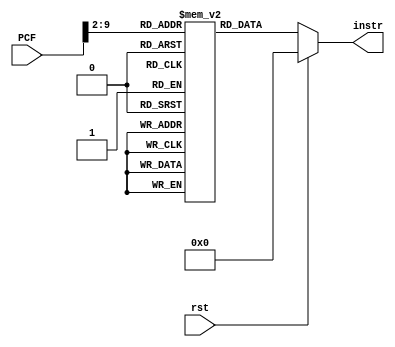
`timescale 1ns / 1ps
//////////////////////////////////////////////////////////////////////////////////
// Company: 
// Engineer: 
// 
// Design Name: 
// Module Name: InstrMem
// Project Name: 
// Target Devices: 
// Tool Versions: 
// Description: 
// 
// Dependencies: 
// 
// Revision:
// Revision 0.01 - File Created
// Additional Comments:
// 
//////////////////////////////////////////////////////////////////////////////////


module InstrMem (
  input wire rst,
  input wire [31:0] PCF,
  output reg [31:0] instr
    );
  
    reg [31:0] instr_mem_reg [255:0];  //256 locations for instr, each instr of 32 bits
    //assign RD = (~rst) ? {32{1'b0}} : instr_mem_reg[A[31:0]];  // not instr_mem_reg[A] ??
    always @(*)
      begin
        if (rst)
        instr = 0;
        else
        instr = instr_mem_reg[PCF[31:2]];

      end
      
          initial
            begin
            instr_mem_reg[0] <= 32'h01450513;  //addi x10, x10, 20
            instr_mem_reg[1] <= 32'h01498933;  //add x18, x19, x20
            instr_mem_reg[2] <= 32'h00a58593;  //addi x11, x11, 10
            instr_mem_reg[3] <= 32'h00060613;  //addi x12, x12, 0
            instr_mem_reg[4] <= 32'h00068693;  //addi x13, x13, 0
            instr_mem_reg[5] <= 32'h00170713;  //addi x14, x14, 1
            instr_mem_reg[6] <= 32'h01f78793;  //addi x15, x15, 31
            instr_mem_reg[7] <= 32'h02d61c63;  //bne x12, x13, 56
            instr_mem_reg[8] <= 32'h40b508b3;  //sub x17, x10, x11
            instr_mem_reg[9] <= 32'h00f8d8b3;
            instr_mem_reg[10] <= 32'h00e8c8b3;
            instr_mem_reg[11] <= 32'h00d89a63;
            instr_mem_reg[12] <= 32'h00a68833;
            instr_mem_reg[13] <= 32'h00b68533;
//            010685b3
//            fed680e3
//            00d59663
//            00160613
//            fcd68ae3
//            40b50533
//            fcd686e3
//            00a688b3
//            01142023
            end
      
//      //D:\RV32I-Pipelined-processor\Pipelined Processor\Pipelined Processor.srcs\sources_1\new
//      initial begin
//              //prefer absolute paths in simulators
//              $readmemh("D:\RV32I-Pipelined-processor\Pipelined Processor\Pipelined Processor.srcs\sources_1\new\imstruction.mem", instr_mem_reg);
//          end


endmodule